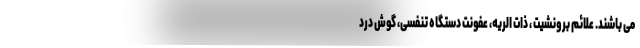
می باشند. علائم برونشیت ، ذات الریه، عفونت دستگاه تنفسی، گوش درد